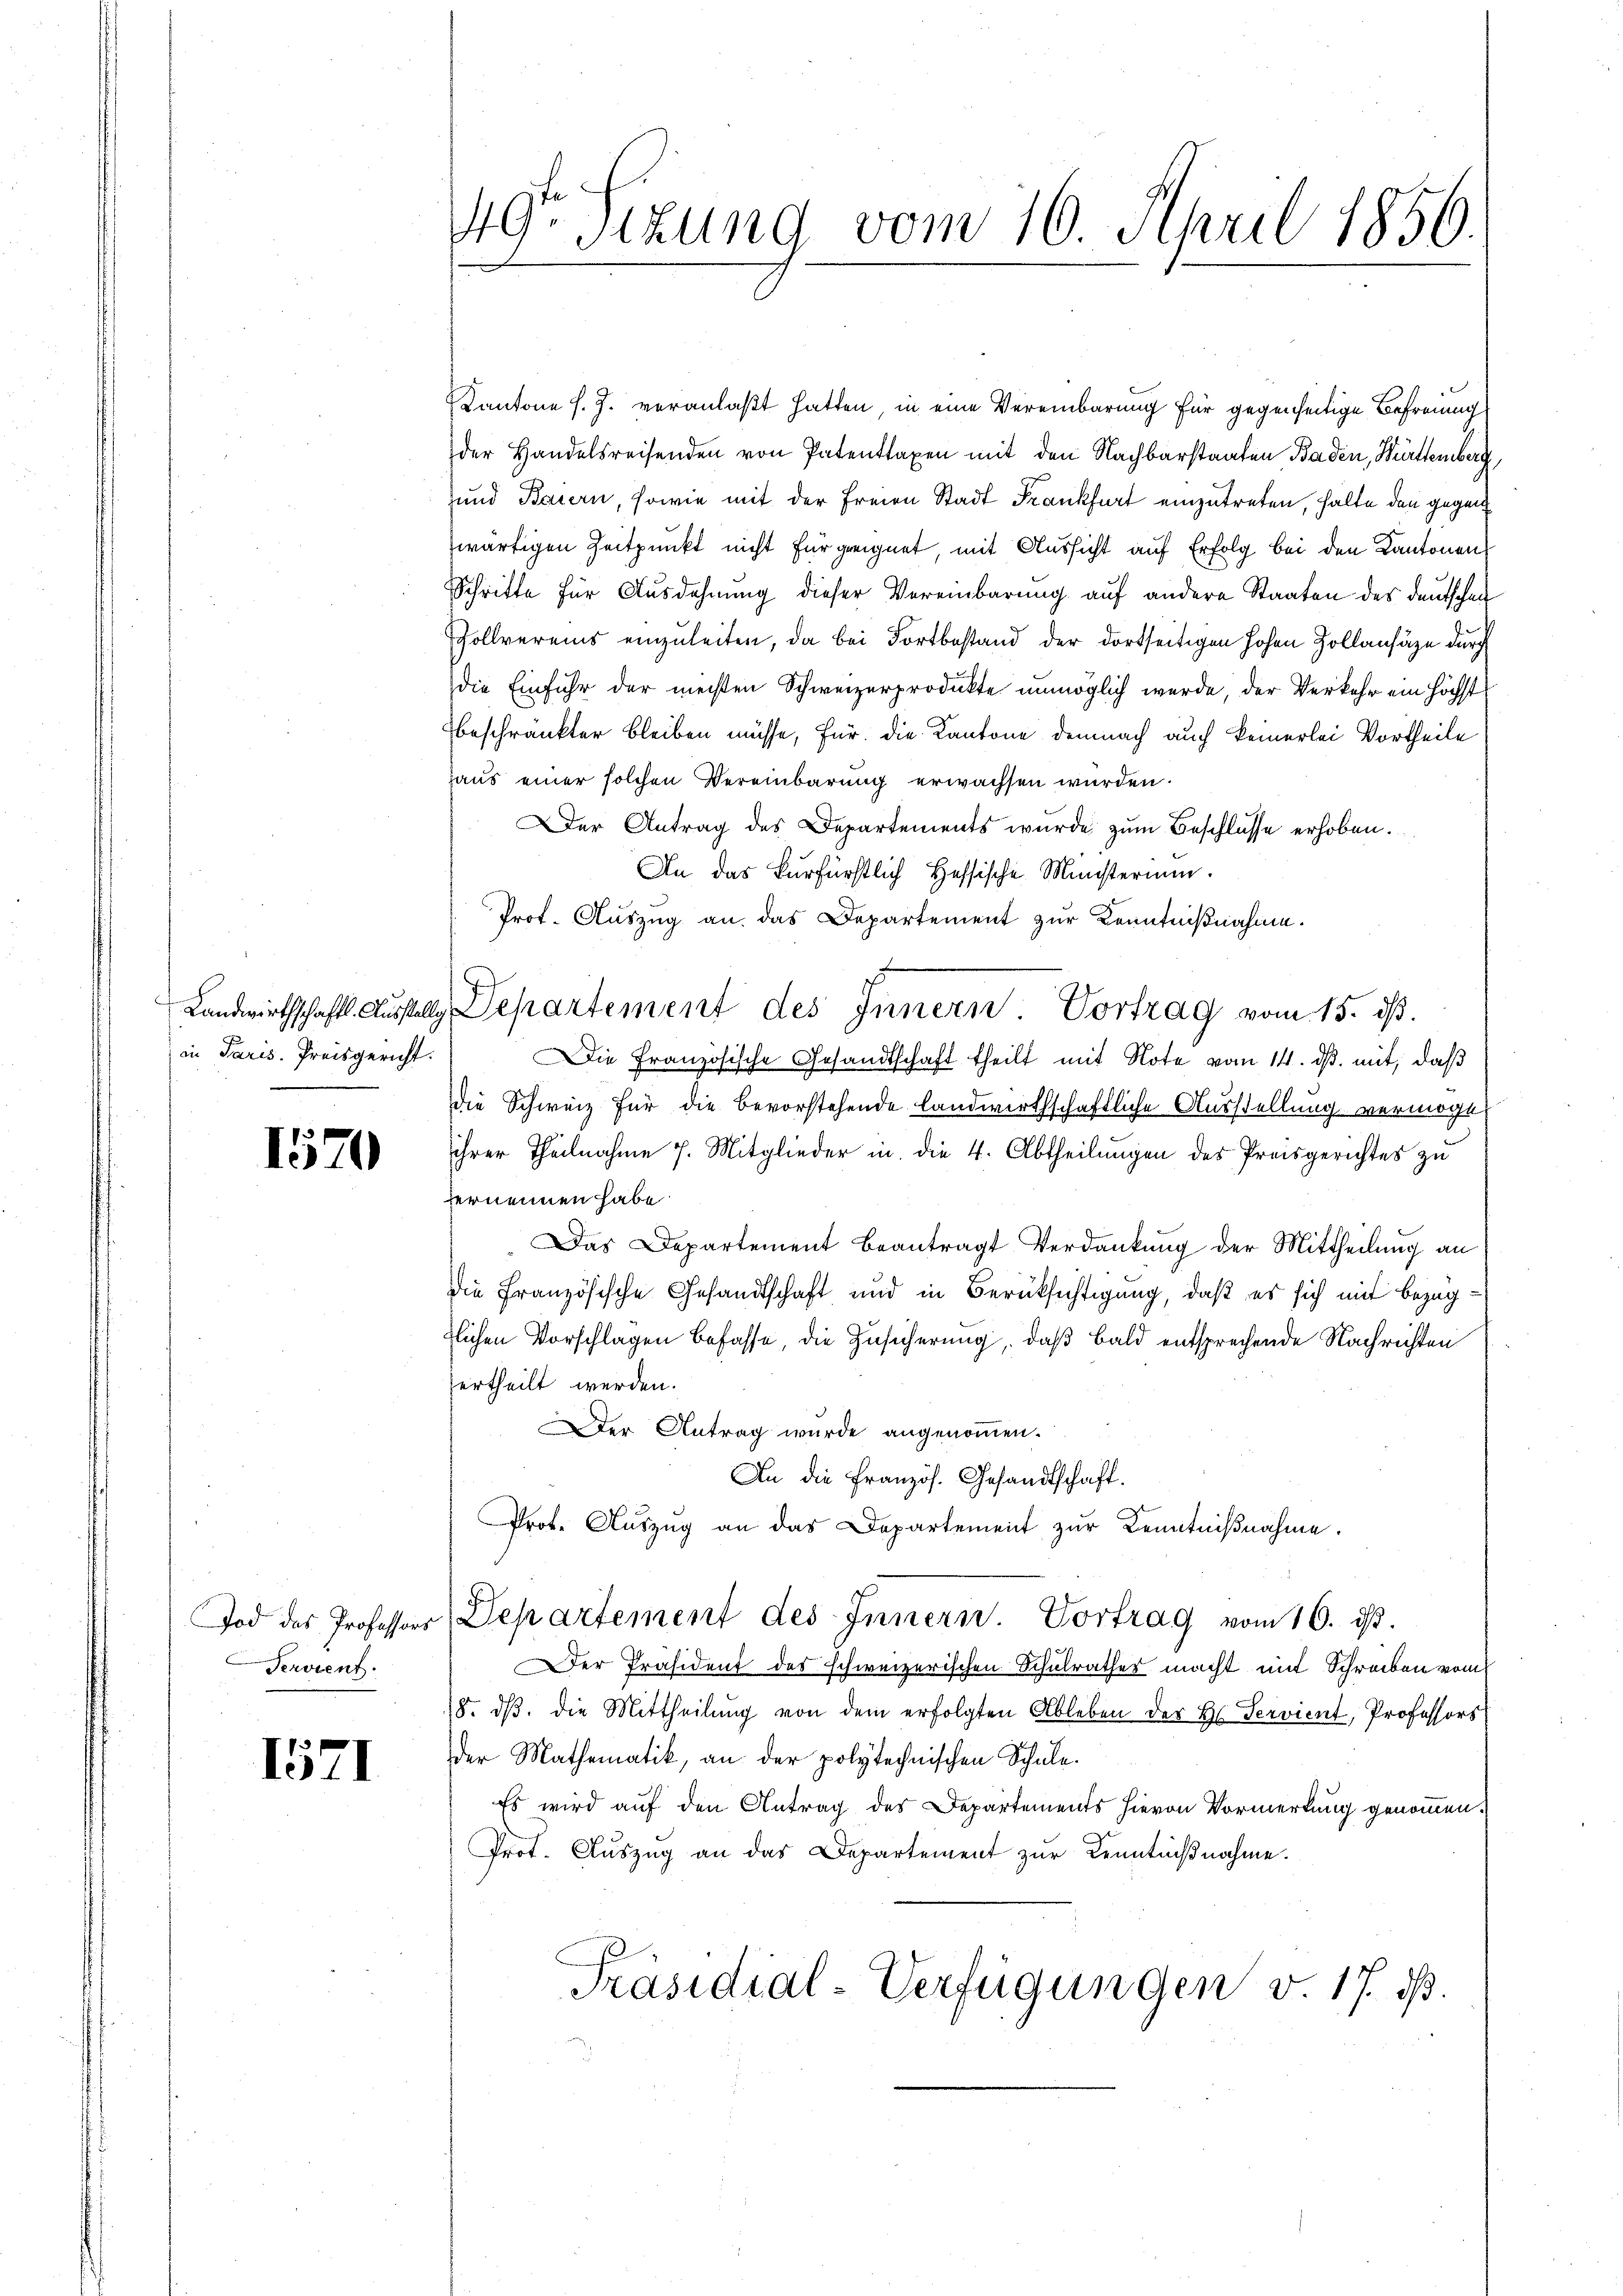
in Paris. Preisgericht.
—

1570

Pervient.

1571

4Gr Situng vom 10. April 1856.

Kantone s. Z. veranlaßt hatten, in eine Vereinbarung für gegenseitige Befreiung
der Handelsreisenden von Patenttaxen mit den Nachbarstaaten Baden, Württemberg
und Baiern, sowie mit der Freien Stadt Frankfurt einzutreten, halte den gegen
zwärtigen Zeitpunkt nicht für geeignet, mit Aussicht auf Erfolg bei den Kantonen
Schritte für Ausdehnung dieser Vereinbarung auf andere Staaten des Deutschen
Zollvereins einzuleiten, da bei Fortbestand der dortseitigen hohen Zollansähe durch
die Einfuhr der meisten Schweizerprodukte unmöglich werde, der Verkehr ein höchst
beschränkter bleiben müsse, für die Kantone demnach auch keinerlei Vortheile
Haus einer solchen Vereinbarung erwachsen würden.
Der Antrag des Departements wurde zum Beschlüsse erhoben.
An das Kurfürstlich Hessische Ministerium.
Prot. Auszug an das Departement zur Kenntnißnahme.
Landwirthschafts Ausstellg Departement des Innern. Vortrag vom 15. d.
ie Französische Gesandtschaft theilt mit Note vom 14. ds. mit, daß
Die Schweiz für die bevorstehende landwirthschaftliche Ausstellung vermöge
ihrer Theilnahme 7. Mitglieder in die 4. Abtheilungen des Preisgerichtes zu
vernennen habe.
Das Departement beantragt Verdankung der Mittheilung an
die Französische Gesandtschaft und in Berüksichtigung, daß es sich mit Bezugtlichen Vorschlagen befasse, die Zusicherung, daß bald entsprechende Nachrichten
ertheilt werden.
Der Antrag wurde angenommen.
An die Französ. Gesandtschaft.
Prot. Aŭszŭg an das Departement zur Kenntniβnahme.
Tod des Professors Departement des Innern. Vortrag vom 10. d.
Der Präsident des schweizerischen Schulrathes macht mit Schreiben vom
8. dβ. die Mittheilung von dem erfolgten Ableben des H. Servient, Professors
der Mathematik, an der polytechnischen Schule.
Es wird auf den Antrag des Departements hievon Vormerkung genommen.
Prot. Aŭszŭg an das Departement zŭr Kenntniβnahme.
Präsidial-Verfügungen v. 17. ds.